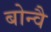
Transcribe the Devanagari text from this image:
बोन्वै